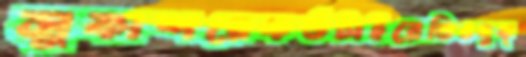
সুকাশরেকর্ডটাইরেডিওযুক্